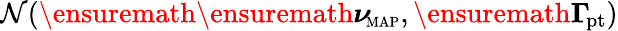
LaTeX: {\cal N}(\ensuremath{\ensuremath{\boldsymbol\nu}_{\! \mathrm{{\scriptscriptstyle MAP}}}},\ensuremath{\boldsymbol\Gamma_{\! \mathrm{{pt}}}})